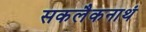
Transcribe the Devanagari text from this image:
सकलैकनाथं